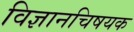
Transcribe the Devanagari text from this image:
विज्ञानचिषयक